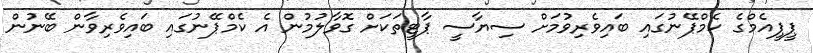
ޕީޕީއެމްގެ ކެމްޕޭނުގައި ބައިވެރިވުމަށް ސިޔާސީ ޕާޓީތަކަށް ގޮވާލުމުން އެ ކެމްޕޭނުގައި ބައިވެރިވާން ބޭނުން